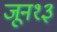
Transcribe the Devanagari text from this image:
जून१३